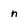
Character: n